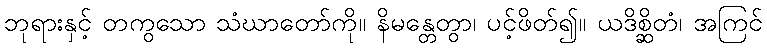
ဘုရားနှင့် တကွသော သံဃာတော်ကို။ နိမန္တေတွာ၊ ပင့်ဖိတ်၍။ ယဒိစ္ဆိတံ၊ အကြင်